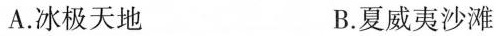
A.冰极天地 B.夏威夷沙滩